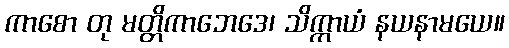
ကာစော တု မတ္တိကာဘေဒေ၊ သိက္ကာယံ နယနာမယေ။